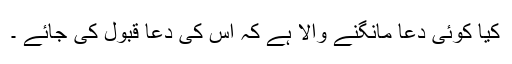
کیا کوئی دعا مانگنے والا ہے کہ اس کی دعا قبول کی جائے ۔